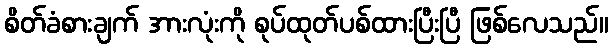
စိတ်ခံစားချက် အားလုံးကို စုပ်ထုတ်ပစ်ထားပြီးပြီ ဖြစ်လေသည်။